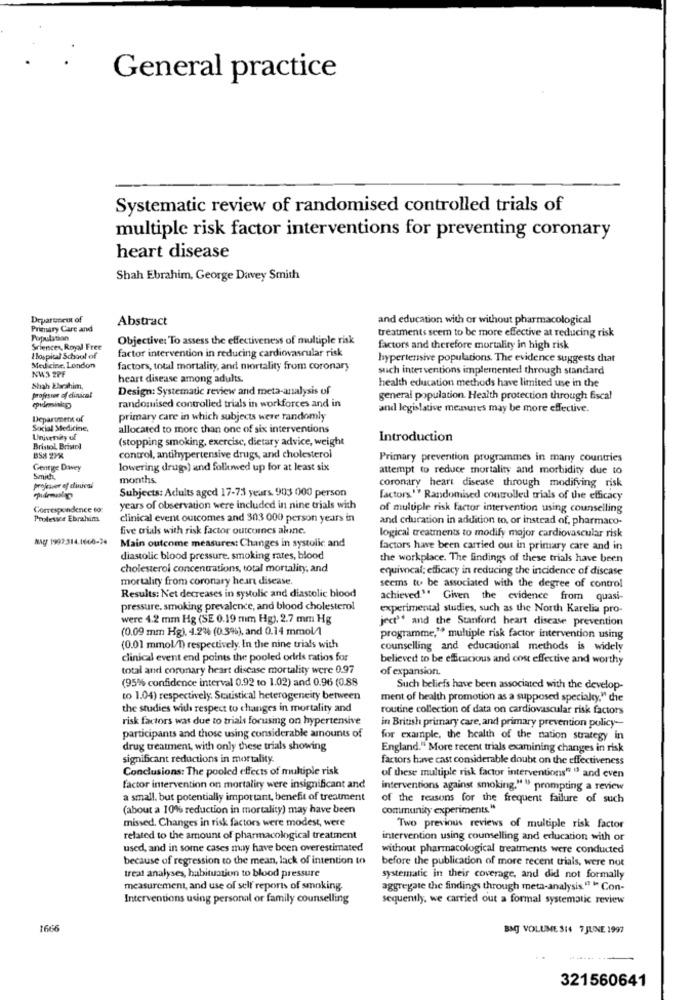
General practice
Systematic review of randomised controlled trials of
multiple risk factor interventions for preventing coronary
heart disease
Shah Ebrahim, George Davey Smith
Deparupeut of
Abstract
and education with or without pharmacological
Primary Care and
Population
Objective: To assess the effectiveness of multiple risk
treatments seem to be more effective at reducing risk
Sciences, Royal Free
factor intervention in reducing cardiovascular risk
factors and therefore mortality in high risk
Ilospital School of
hypertensive populations. The evidence suggests that
Medicine, London
NW4'3 2PF
factors, total mortality, and mortality from coronary
such interventions implemented through standard
heart disease among adults.
health education methods have limited use in the
Shah Ebrahim,
professes of clinical
Design: Systematic review and meta-analysis of
general population. Health protection through fiscal
randomised controlled trials in workforces and in
and legislative measures may be more effective.
Department of
primary care in which subjects were randomly
Social Medicine,
allocated to more than one of six interventions
Univenay uf
(stopping smoking, exercise, dietary advice, weight
Introduction
Bristol Bristol
BS# 2PK
control, antihypertensive drugs, and cholesterol
Primary prevention programmes in many countries
Geneye Davey
lowering drug) and followed up for at least six
attempt to reduce mortality and morbidity due to
Smith,
projicser ef dies!
months.
coronary heart disease through modifying risk
Subjects: Adults aged 17-73 years. 903 000 person
factors " Randomised controlled trials of the efficacy
Correspondence to:
years of observation were included in nine trials with
of muluple risk factor intervention using counselling
Professor Ebrahim
clinical event outcomes and 303 000 person years in
and education in addition to, or instead of, pharmaco-
five orials with risk factor outcomes akine.
logical treatments to modify major cardiovascular risk
NAG/ 1997:314.1600-24
Main outcome measures: Changes in systolic and
factors have been carried out in primary care and in
diastolic blood pressure. smoking rates, blood
the workplace. The findings of these trials have been
cholesterol concentrations, total mortality, and
equivocal; efficacy in reducing the incidence of discase
mortality from coronary heart disease.
Results: Net decreases in systolic and diastolic blood
seems to be associated with the degree of control
achieved." Given the evidence from quasi-
pressure, smoking prevalence, and blood cholesterol
experimental studies, such as the North Karelia pro-
were 4.2 mm Hg (SE 0.19 mm Hg), 2.7 mm Hg
ject" and the Stanford heart disease prevention
(0.09 mm Hg). 4.234 (0.3%), and 0.14 mmol/
programme," multiple risk factor intervention using
(0.01 mmol/l) respectively. In the nine trials with
counselling and educational methods is widely
clinical event end points the pooled odds ratios for
believed to be efficacious and cost effective and worthy
total and coronary heart disease mortality were 0.97
of expansion.
(95% confidence interval 0.92 to 1.02) and 0.96 (0.88
Such beliefs have been associated with the develop-
to 1.04) respectively. Statistical heterogeneity between
ment of health promotion as a supposed specialty," chie
the studies with respect to changes in mortality and
routine collection of data on cardiovascular risk factors
risk factors was due to trials forusing on hypertensive
participants and those using considerable amounts of
in British primary care, and primary prevention policy --
for example, the health of the nation strategy in
drug treatment, with only these trials showing
England." More recent trials examining changes in risk
significant reductions in mortality.
factors have cast considerable doubt on the effectiveness
Conclusions: The pooled effects of multiple risk
of these multiple risk factor interventions" " and even
factor intervention on mortality were insignificant and
interventions against smoking."", prompting a review
a small. but potentially important, benefit of treatment
of the reasons for the frequent failure of such
(about a 10% reduction in mortality) may have been
community experiments "
missed. Changes in risk factors were modest, were
Two previous reviews of multiple risk factor
related to the amount of pharmacological treatment
intervention using counselling and education with or
used, and in some cases may have been overestimated
without pharmacological treatments were conducted
because of regression to the mean, lack of intention to
before the publication of more recent trials, were not
treat analyses, habituation to blood pressure
systematic in their coverage, and did not formally
measurement, and use of self' reports of smoking.
aggregate the findings through meta-analysis." " Con-
Interventions using personal or family counselling
sequently, we carried out a formal systematic review
1666
BMJ VOLUME SI4 7 JUNE 1997
321560641